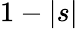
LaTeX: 1-|s|